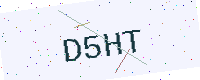
Text: D5HT